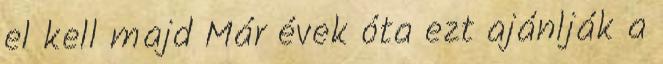
el kell majd Már évek óta ezt ajánlják a